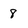
Character: 8